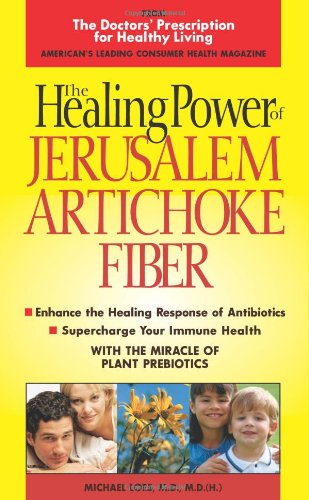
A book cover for Healing Power of Jerusalem Artichoke Fiber; Michael W. Loes; Health, Fitness & Dieting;